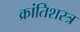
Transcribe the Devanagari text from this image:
क्रांतिशस्त्र